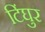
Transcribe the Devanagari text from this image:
टिंघुर